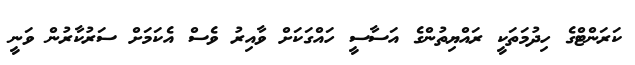
ކަރަންޓްގެ ހިދުމަތަކީ ރައްޔިތުންގެ އަސާސީ ހައްގަކަށް ވާއިރު ވެސް އެކަމަށް ސަރުކާރުން ވަނީ